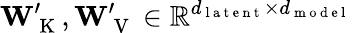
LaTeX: \mathbf{W}_{\mathrm{~K~}}^{\prime},\mathbf{W}_{\mathrm{~V~}}^{\prime}\in\mathbb{R}^{d_{\mathrm{~l~a~t~e~n~t~}}\times d_{\mathrm{~m~o~d~e~l~}}}